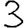
Digit: 3